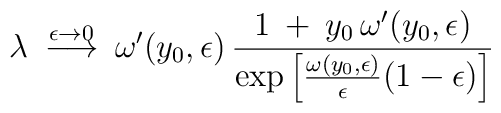
\lambda \> \stackrel{\epsilon \to 0}{\longrightarrow} \> \omega'(y_0,\epsilon) \,  {1\> + \> y_0 \, \omega'(y_0,\epsilon) \over \exp  \left[{\omega(y_0,\epsilon) \over \epsilon} (1-\epsilon)\right ]}